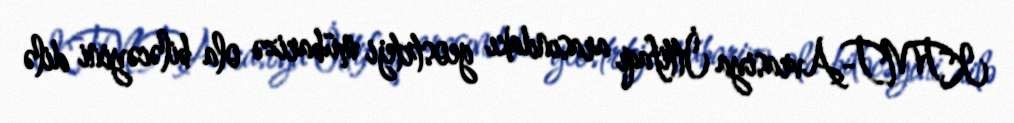
KTMT-Avrasiya İttifaqı arasındakı geostrteji mübarizə ola biləcəyini dilə